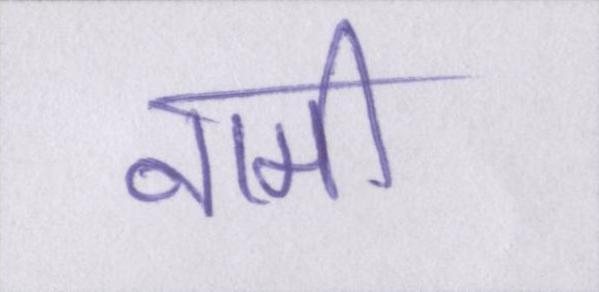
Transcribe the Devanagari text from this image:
नामी